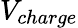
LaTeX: V_{charge}